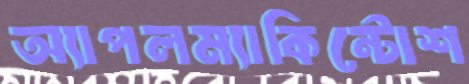
অ্যাপলম্যাকিন্টোশ